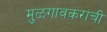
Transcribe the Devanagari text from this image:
मुळगावकरांची